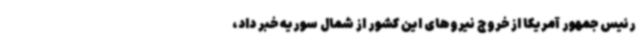
رئیس جمهور آمریکا از خروج نیروهای این کشور از شمال سوریه خبر داد،